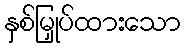
နှစ်မြှုပ်ထားသော